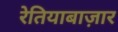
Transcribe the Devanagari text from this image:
रेतियाबाज़ार